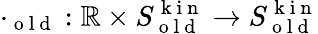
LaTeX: \cdot_{\mathrm{~o~l~d~}}:\mathbb{R}\times S_{\mathrm{~o~l~d~}}^{\mathrm{~k~i~n~}}\to S_{\mathrm{~o~l~d~}}^{\mathrm{~k~i~n~}}